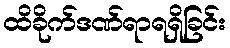
ထိခိုက်ဒဏ်ရာရရှိခြင်း